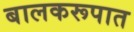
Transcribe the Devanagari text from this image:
बालकरूपात